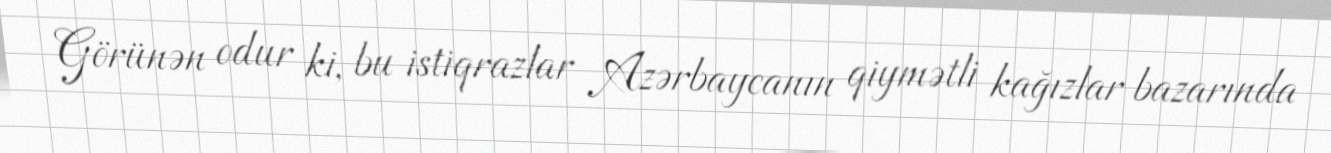
Görünən odur ki, bu istiqrazlar Azərbaycanın qiymətli kağızlar bazarında